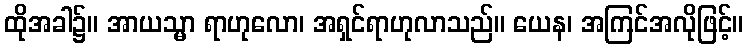
ထိုအခါ၌။ အာယသ္မာ ရာဟုလော၊ အရှင်ရာဟုလာသည်။ ယေန၊ အကြင်အလိုဖြင့်။